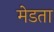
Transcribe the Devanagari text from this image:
मेडता